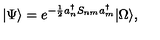
| \Psi \rangle = e ^ { - \frac { 1 } { 2 } a _ { n } ^ { \dagger } S _ { n m } a _ { m } ^ { \dagger } } | \Omega \rangle ,